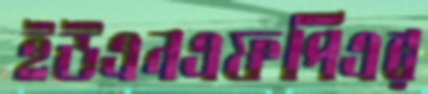
ইউএনএফপিএর